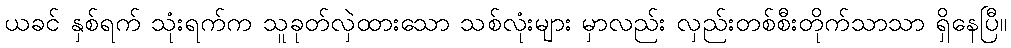
ယခင် နှစ်ရက် သုံးရက်က သူခုတ်လှဲထားသော သစ်လုံးများ မှာလည်း လှည်းတစ်စီးတိုက်သာသာ ရှိနေပြီ။